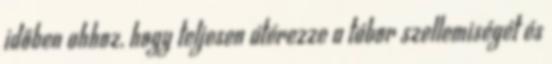
időben ahhoz, hogy teljesen átérezze a tábor szellemiségét és